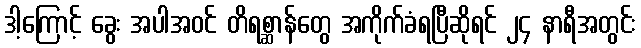
ဒါ့ကြောင့် ခွေး အပါအဝင် တိရစ္ဆာန်တွေ အကိုက်ခံရပြီဆိုရင် ၂၄ နာရီအတွင်း